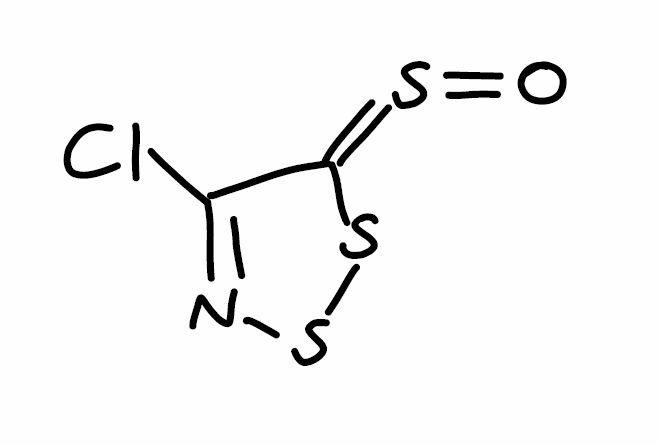
Simplified molecular-input line-entry system (SMILES) notation of the given molecule:
C1(=NSSC1=S=O)Cl